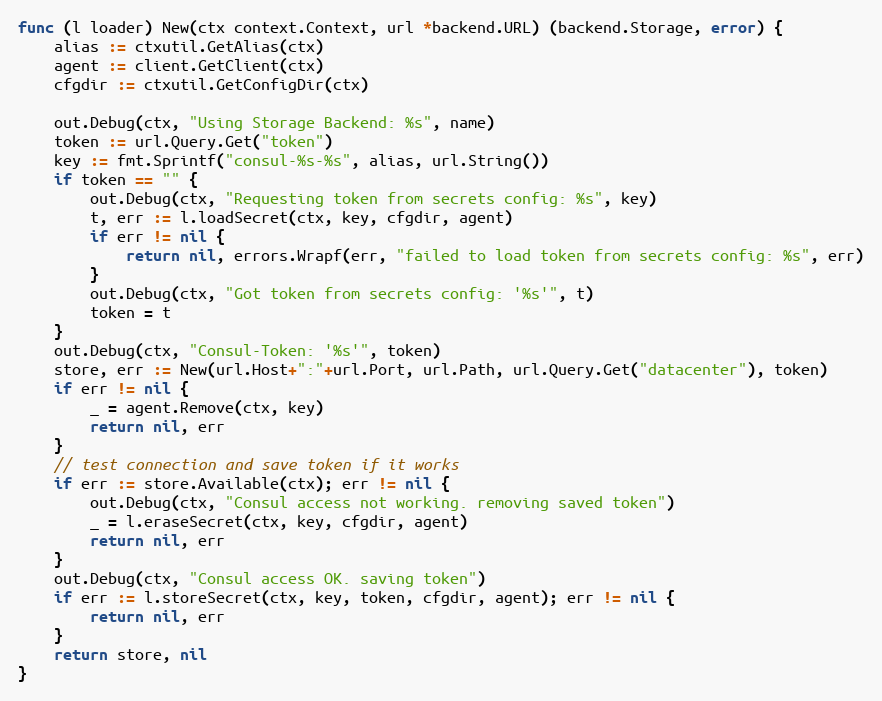
Language: Go
func (l loader) New(ctx context.Context, url *backend.URL) (backend.Storage, error) {
	alias := ctxutil.GetAlias(ctx)
	agent := client.GetClient(ctx)
	cfgdir := ctxutil.GetConfigDir(ctx)

	out.Debug(ctx, "Using Storage Backend: %s", name)
	token := url.Query.Get("token")
	key := fmt.Sprintf("consul-%s-%s", alias, url.String())
	if token == "" {
		out.Debug(ctx, "Requesting token from secrets config: %s", key)
		t, err := l.loadSecret(ctx, key, cfgdir, agent)
		if err != nil {
			return nil, errors.Wrapf(err, "failed to load token from secrets config: %s", err)
		}
		out.Debug(ctx, "Got token from secrets config: '%s'", t)
		token = t
	}
	out.Debug(ctx, "Consul-Token: '%s'", token)
	store, err := New(url.Host+":"+url.Port, url.Path, url.Query.Get("datacenter"), token)
	if err != nil {
		_ = agent.Remove(ctx, key)
		return nil, err
	}
	// test connection and save token if it works
	if err := store.Available(ctx); err != nil {
		out.Debug(ctx, "Consul access not working. removing saved token")
		_ = l.eraseSecret(ctx, key, cfgdir, agent)
		return nil, err
	}
	out.Debug(ctx, "Consul access OK. saving token")
	if err := l.storeSecret(ctx, key, token, cfgdir, agent); err != nil {
		return nil, err
	}
	return store, nil
}